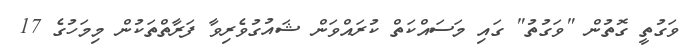
ވަގުތީ ގޮތުން "ވަގުތު" ގައި މަސައްކަތް ކުރައްވަން ޝައުގުވެރިވާ ފަރާތްތަކުން މިމަހުގެ 17